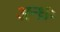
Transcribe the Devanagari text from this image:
अन्ध्रः